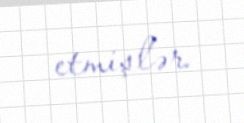
etmişlər.